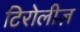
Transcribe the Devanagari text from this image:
टिरोलीज़